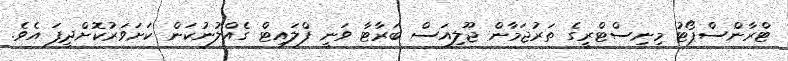
ޓްރާންސްޕޯޓު މިނިސްޓްރީގެ ތަރުޖަމާން ޖޫލިއަސް ބަރާޓާ ވަނީ ފްލައިޓް ގެއްލުނުކަން ކަށަވަރުކޮށްދީފަ އެވެ.